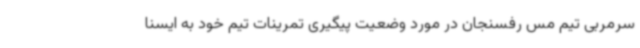
سرمربی تیم مس رفسنجان در مورد وضعیت پیگیری تمرینات تیم خود به ایسنا